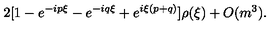
2 [ 1 - e ^ { - i p \xi } - e ^ { - i q \xi } + e ^ { i \xi ( p + q ) } ] \rho ( \xi ) + O ( m ^ { 3 } ) .